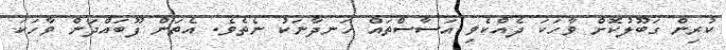
ކުރިން ގަބޫލުކޮށް ވާހަކަ ދެއްކެވި އަސާސްތައް ހަނދާނަކު ނެތެވެ. އެތަން ފޫބައްދަން ވާހަކަ